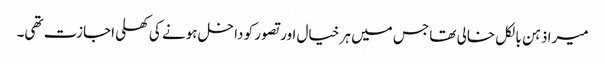
میرا ذہن بالکل خالی تھا جس میں ہر خیال اور تصور کو داخل ہونے کی کھلی اجازت تھی۔